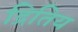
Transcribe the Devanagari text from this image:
द्रितिय